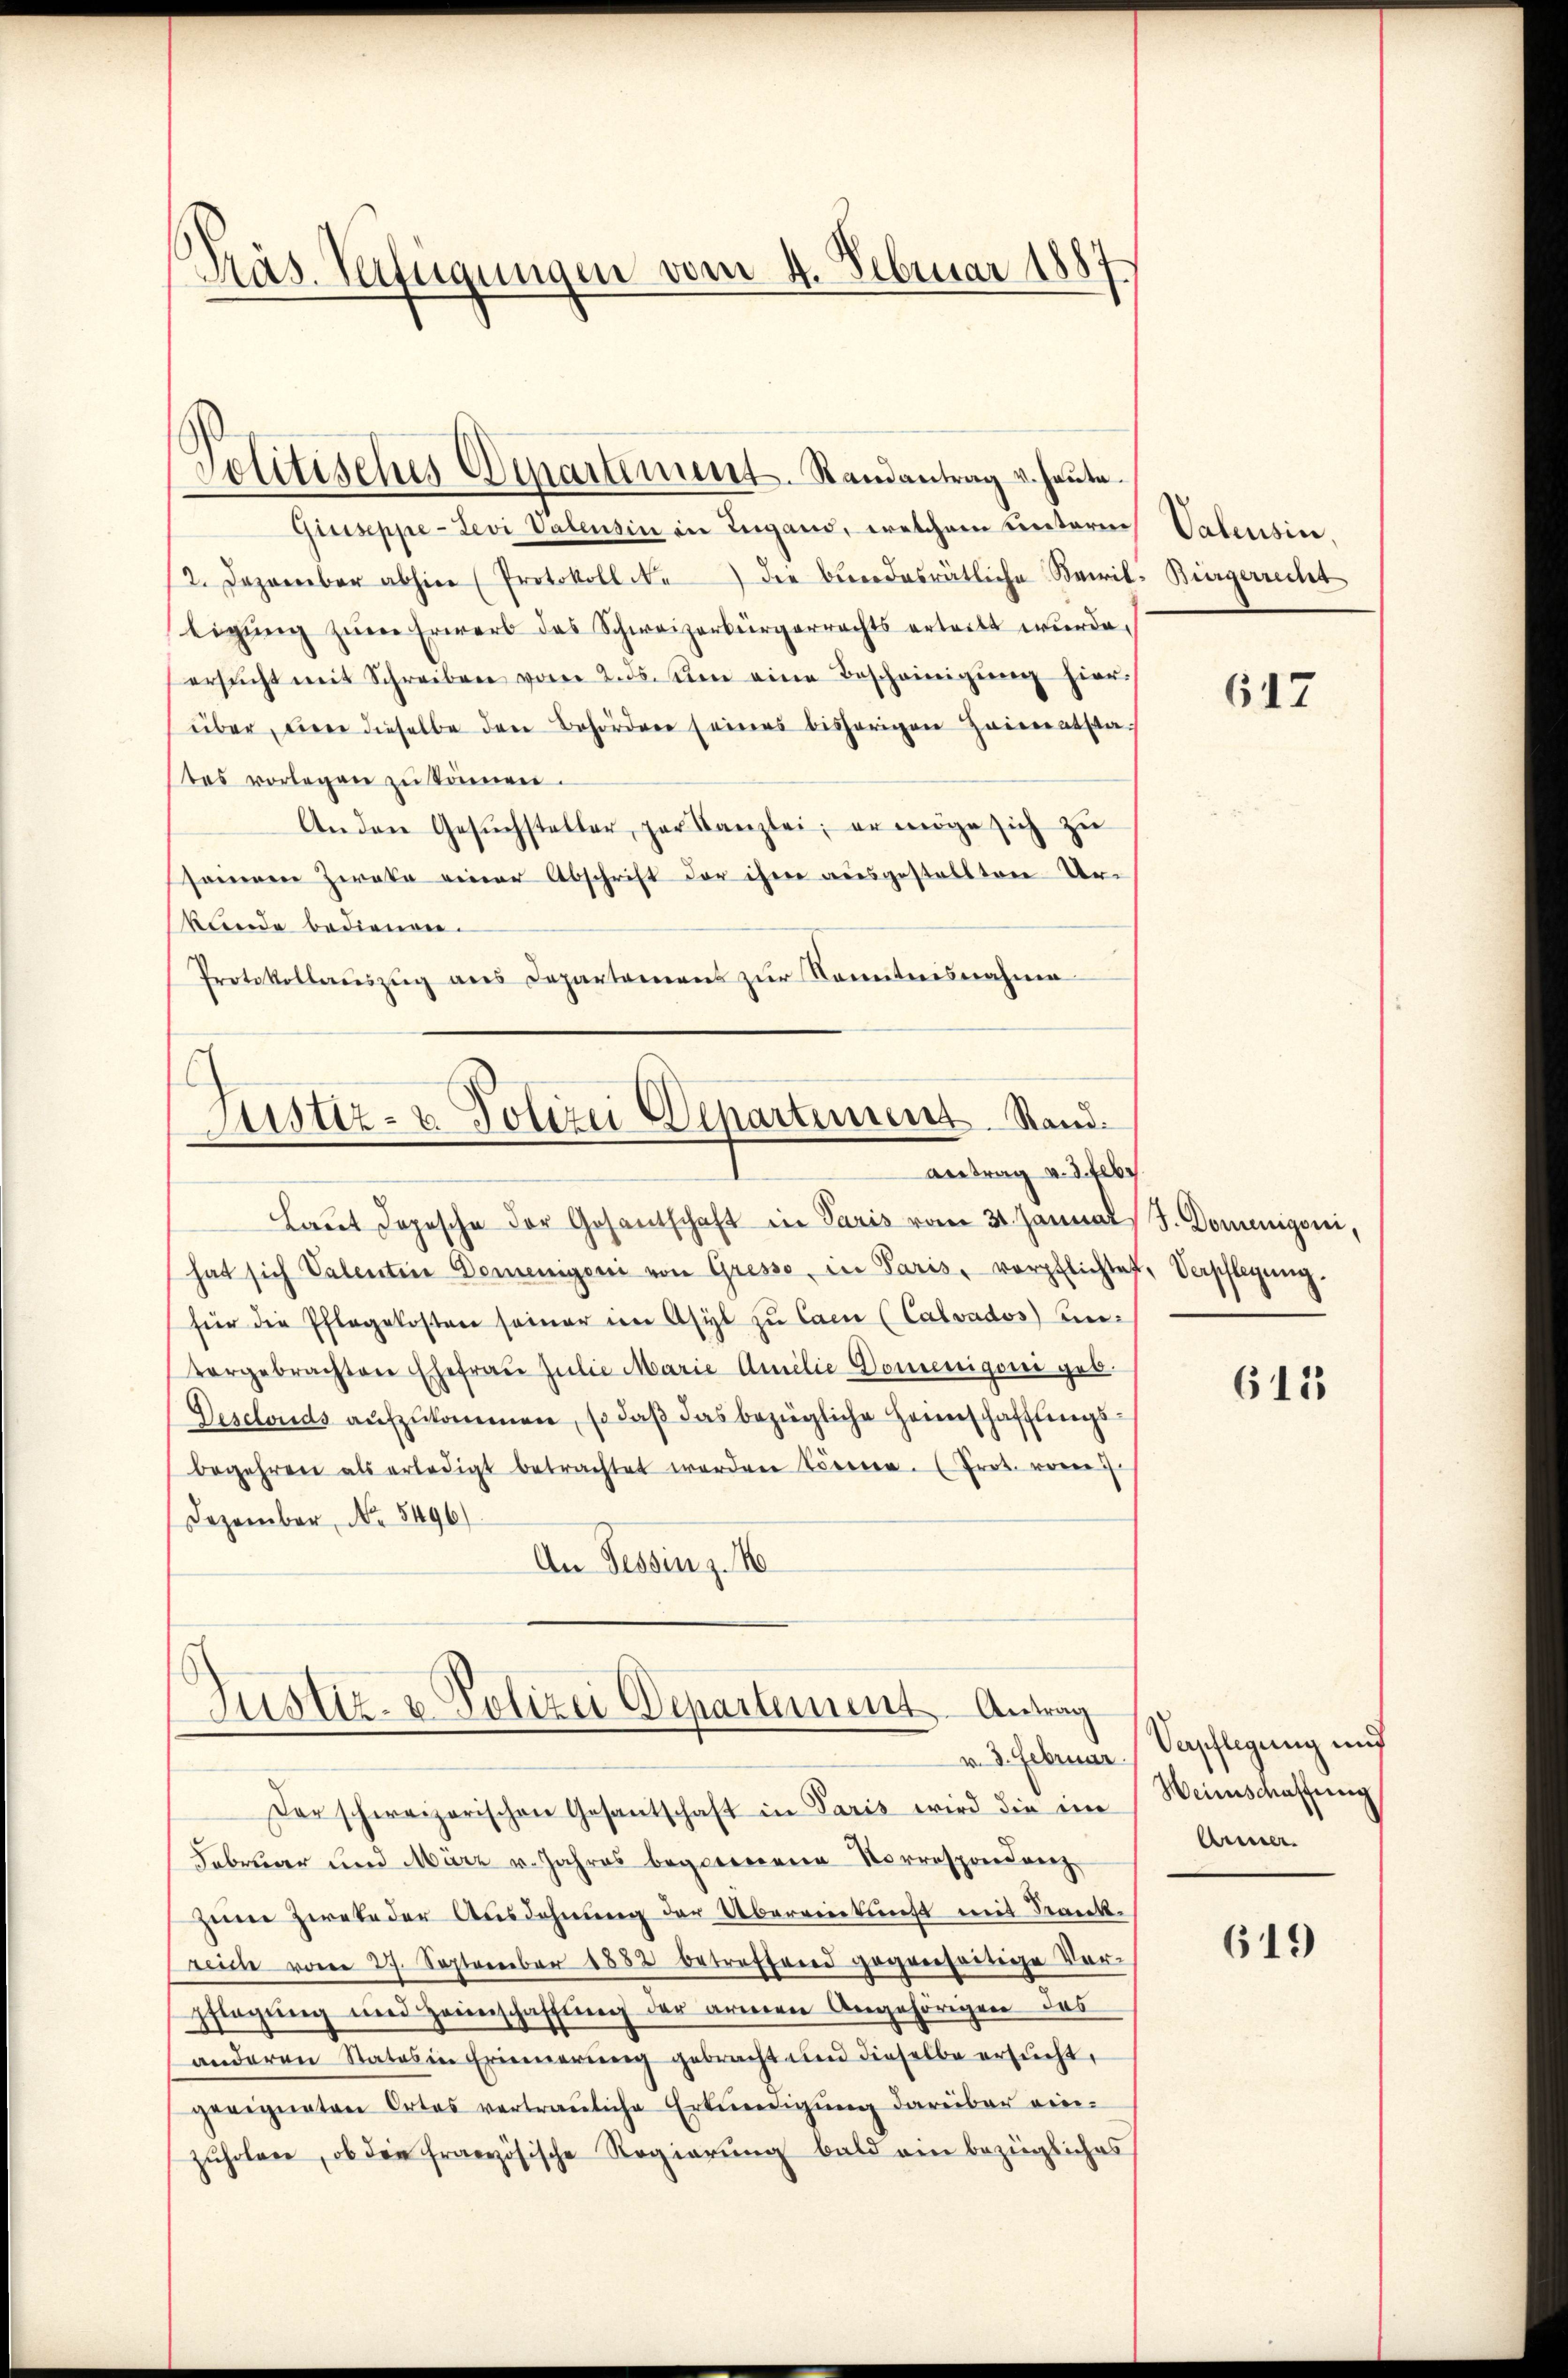
Präs. Verfügungen vom 4. Februar 1887

Politisches Departements-Randantrag v. heute.

Gisiseppe - Levi Valensin in Zugano, welchem Cretaren
2. Dezember abhier (Protokoll Ne) der Bundesrätliche Bewil-Bürgerrecht
ligŭng zŭm Erwerb des Schweizerbürgerrechts erteilt wurde.
ersŭcht mit Schreiben vom 2. ds. sten eine Bescheinigŭng hier
über, den dieselbe den Behördern seines bisherigen Heimatsta-
tes vorlegen zu können.
Andere Gesŭchsteller, par Kanzlei, er möge sich zu
seineren Zwate einer Abschrift der ihre ausgestallten Urkunde bedienen.
Protokollaŭszŭg ans Departemens zŭr Kenntnisnahme

Laut dopesche der Gesantschaft in Paris vom 31. Janual J. Domenigoni,
hat sich Valentin Demenigen von Gresso, in Paris, verpflichtet, Verpflegung.
für die Pflegekosten seiner im Asyl zu Car (Calvados) Einvorgebrachten Ehefrau Julie Marie Amilie Domenigoni geb.
Desclouds aufzukommen, so daß das bezügliche Heimschafftungsbegehren als erledigt betrachtet worden können. (Prot. vorig
Dezember, No. 5496)
An Tessin z.

Justiz- & Polizei Departement. Stand.
Antrag u. der

Justiz- & Polizei Departement. Antrag
v. 3. Februar.

Der schweizerischen Gesantschaft in Paris wird die im
Februar und März v. Jahres begonnene Korrespendannz
zum Zweke der Ausdehnung der Übereinkunft mit Seeckt.
reich vom 27. September 1882 betreffend gegenseitige Ver-
pflegung und Heimschaffung der armerer Angehörigen das
anderen States in Erinnerung gebracht und dieselbe ersucht,
geeigneten Ortes vertrauliche Erkenedigŭng darüber vie-
zŭholen, ob die französische Regierŭng bald ein bezügliches

Valensin,

647

611

Vepflegung und
Weinschaffung
Anner.

619